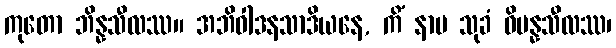
ကုတော ဘိန္နသီလဿ။ အဘိဝါဒနသာဒိယနေ, ကိံ နာမ သုခံ ဝိပန္နသီလဿ၊